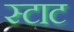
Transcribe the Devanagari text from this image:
स्टाट